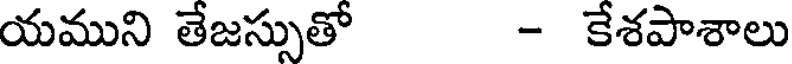
యముని తేజస్సుతో - కేశపాశాలు